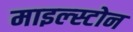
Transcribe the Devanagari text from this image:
माइल्स्टोन